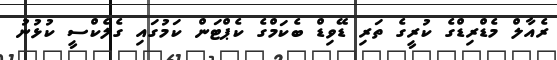
ރެއާލް މެޑްރިޑްގެ ކުރީގެ ތަރި ޑޭވިޑް ބެކަމްގެ ކެޕްޓަން ކަމުގައި ގެލެކްސީ ކުޅުނު